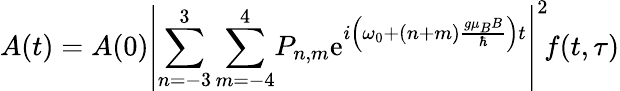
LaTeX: A(t)=A(0)\left\vert\sum_{n=-3}^{3}\sum_{m=-4}^{4}\! P_{n,m}\mathrm{e}^{i\left(\omega_{0}+(n+m)\frac{g\mu_{B}B}{\hbar}\right)t}\right\vert^{2}\! f(t,\tau)